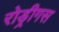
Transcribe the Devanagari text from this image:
रोड्रीगस